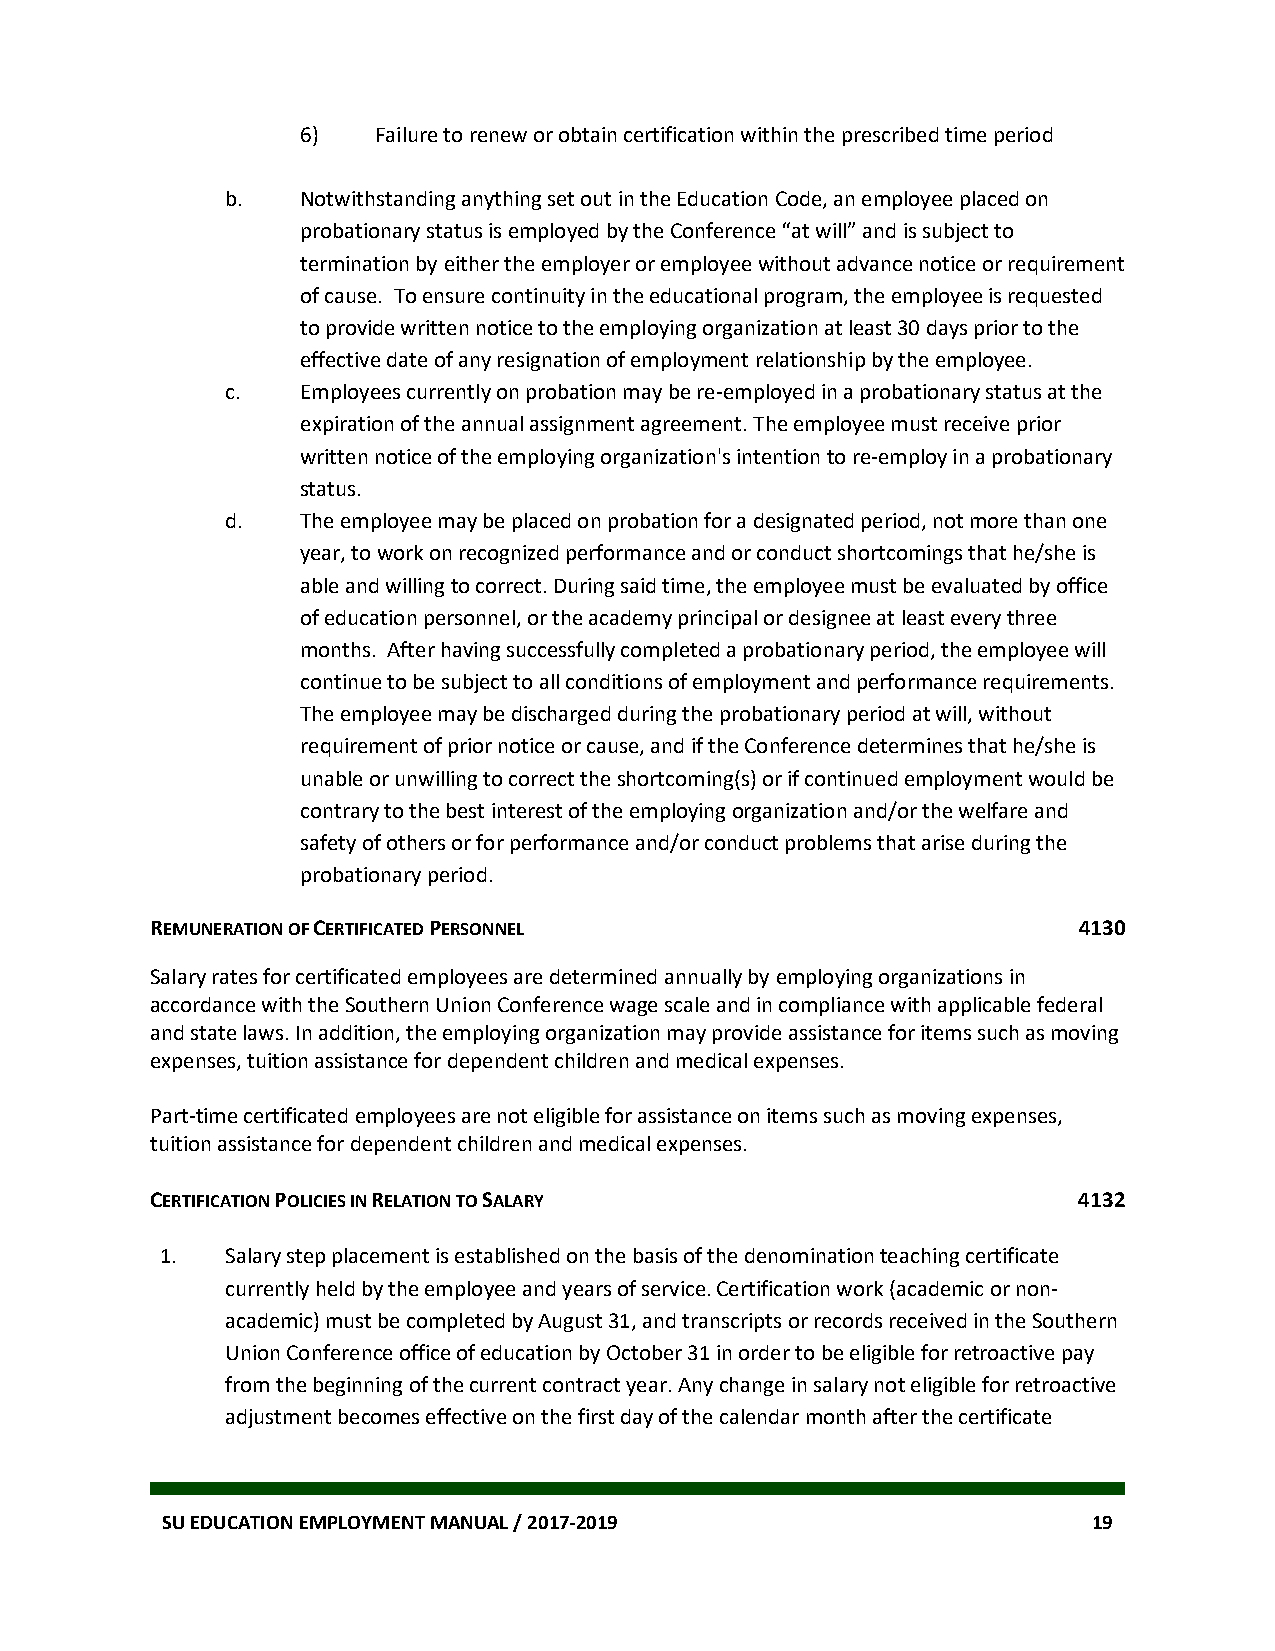
6)   Failure to renew or obtain certification within the prescribed time period
 b.   Notwithstanding anything set out in the Education Code, an employee placed on
 probationary status is employed by the Conference “at will” and is subject to
 termination by either the employer or employee without advance notice or requirement
 of cause. To ensure continuity in the educational program, the employee is requested
 to provide written notice to the employing organization at least 30 days prior to the
 effective date of any resignation of employment relationship by the employee.
 c.   Employees currently on probation may be re-employed in a probationary status at the
 expiration of the annual assignment agreement. The employee must receive prior
 written notice of the employing organization's intention to re-employ in a probationary
 status.
 d.   The employee may be placed on probation for a designated period, not more than one
 year, to work on recognized performance and or conduct shortcomings that he/she is
 able and willing to correct. During said time, the employee must be evaluated by office
 of education personnel, or the academy principal or designee at least every three
 months. After having successfully completed a probationary period, the employee will
 continue to be subject to all conditions of employment and performance requirements.
 The employee may be discharged during the probationary period at will, without
 requirement of prior notice or cause, and if the Conference determines that he/she is
 unable or unwilling to correct the shortcoming(s) or if continued employment would be
 contrary to the best interest of the employing organization and/or the welfare and
 safety of others or for performance and/or conduct problems that arise during the
 probationary period.
 REMUNERATION OF CERTIFICATED PERSONNEL                       4130
 Salary rates for certificated employees are determined annually by employing organizations in
 accordance with the Southern Union Conference wage scale and in compliance with applicable federal
 and state laws. In addition, the employing organization may provide assistance for items such as moving
 expenses, tuition assistance for dependent children and medical expenses.
 Part-time certificated employees are not eligible for assistance on items such as moving expenses,
 tuition assistance for dependent children and medical expenses.
 CERTIFICATION POLICIES IN RELATION TO SALARY                 4132
 1.  Salary step placement is established on the basis of the denomination teaching certificate
 currently held by the employee and years of service. Certification work (academic or non-
 academic) must be completed by August 31, and transcripts or records received in the Southern
 Union Conference office of education by October 31 in order to be eligible for retroactive pay
 from the beginning of the current contract year. Any change in salary not eligible for retroactive
 adjustment becomes effective on the first day of the calendar month after the certificate
 SU EDUCATION EMPLOYMENT MANUAL / 2017-2019                   19